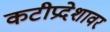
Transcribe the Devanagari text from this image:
कटीप्रदेशावर